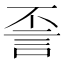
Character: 𰴪